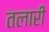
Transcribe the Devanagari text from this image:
तलारी